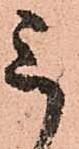
ミ